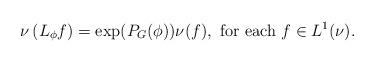
LaTeX: \begin{align*}\nu\left(L_{\phi}f\right) = \exp(P_G(\phi))\nu(f),\mbox{ for each }f\in L^1(\nu).\end{align*}